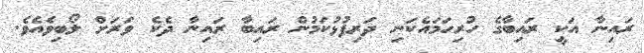
ރައިނާ އަކީ ރައިބާގެ ހުރިހަމައެކަނި ދަރިފުޅުކަމުން ރައިބާ ރައިނާ ދެކެ ވަރަށް ލޯބިވެއެވެ.